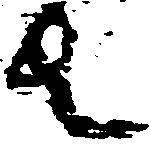
者